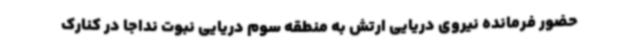
حضور فرمانده نیروی دریایی ارتش به منطقه سوم دریایی نبوت نداجا در کنارک